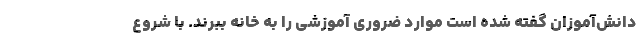
دانش‌آموزان گفته شده است موارد ضروری آموزشی را به خانه ببرند. با شروع